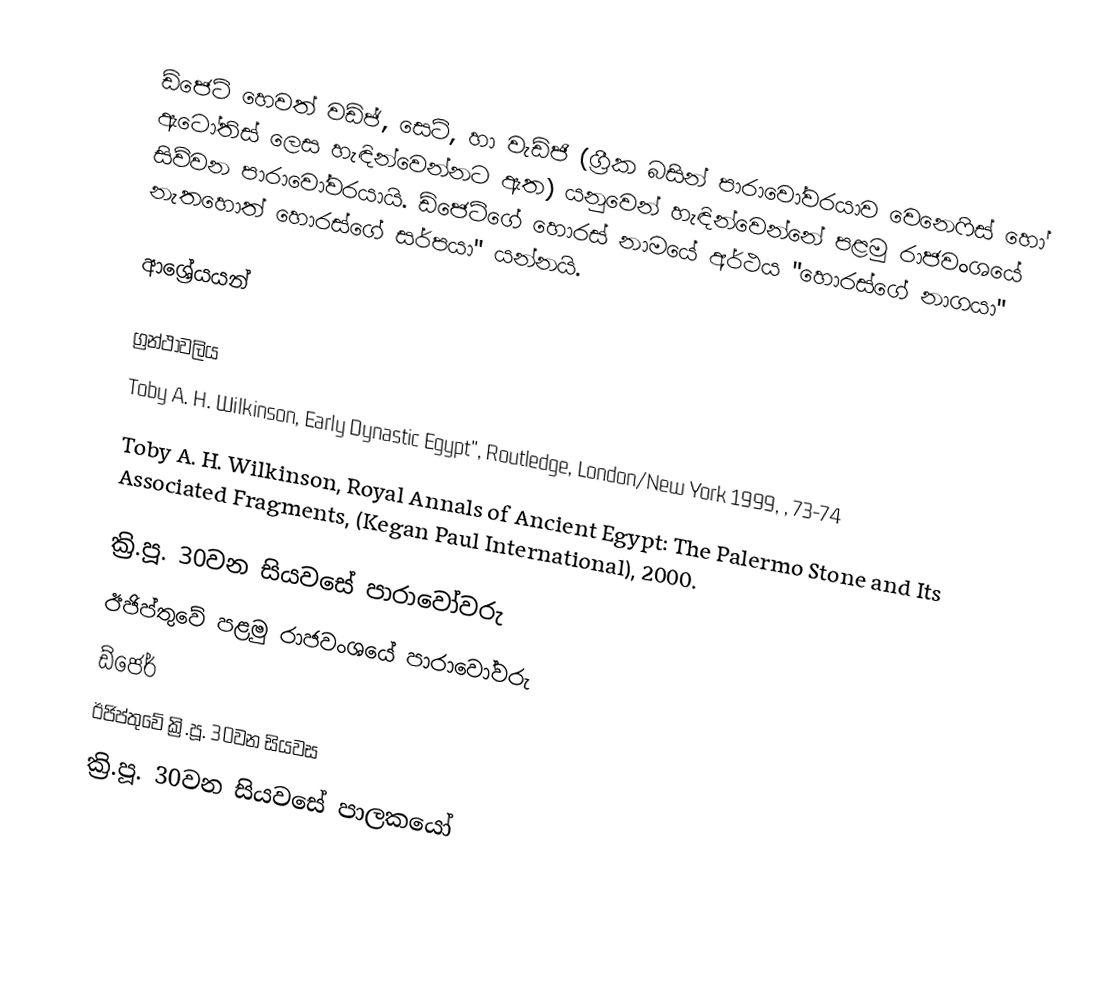
ඩ්ජෙට් හෙවත් වඩ්ජ්, සෙට්, හා වැඩ්ජි (ග්‍රීක බසින් පාරාවෝවරයාව වෙනෙෆිස් හෝ ඇටෝතිස් ලෙස හැඳින්වෙන්නට ඇත) යනුවෙන් හැඳින්වෙන්නේ පළමු රාජවංශයේ සිව්වන පාරාවෝවරයායි. ඩ්ජෙට්ගේ හොරස් නාමයේ අර්ථය "හොරස්ගේ නාගයා" නැතහොත් හොරස්ගේ සර්පයා" යන්නයි.

ආශ්‍රේයයන්

ග්‍රන්ථාවලිය
Toby A. H. Wilkinson, Early Dynastic Egypt'', Routledge, London/New York 1999, , 73-74
Toby A. H. Wilkinson, Royal Annals of Ancient Egypt: The Palermo Stone and Its Associated Fragments, (Kegan Paul International), 2000.

ක්‍රි.පූ. 30වන සියවසේ පාරාවෝවරු
ඊජිප්තුවේ පළමු රාජවංශයේ පාරාවෝවරු
ඩ්ජෙර්
ඊජිප්තුවේ ක්‍රි.පූ. 30වන සියවස
ක්‍රි.පූ. 30වන සියවසේ පාලකයෝ